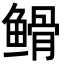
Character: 𮬡